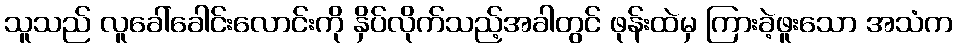
သူသည် လူခေါ်ခေါင်းလောင်းကို နှိပ်လိုက်သည့်အခါတွင် ဖုန်းထဲမှ ကြားခဲ့ဖူးသော အသံက